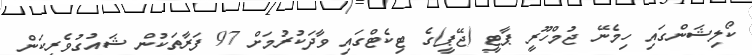
ކޯލިޝަންގައި ހިމެނޭ ޖުމްހޫރީ ޕާޓީ (ޖޭޕީ)ގެ ޓިކެޓްގައި ވާދަކުރުމަށް 97 ފަރާތަކުން ޝައުގުވެރިކަން